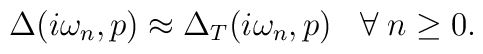
\Delta(i\omega_n,p) \approx \Delta_T(i\omega_n,p) \; \; \; \forall\; n \geq 0.